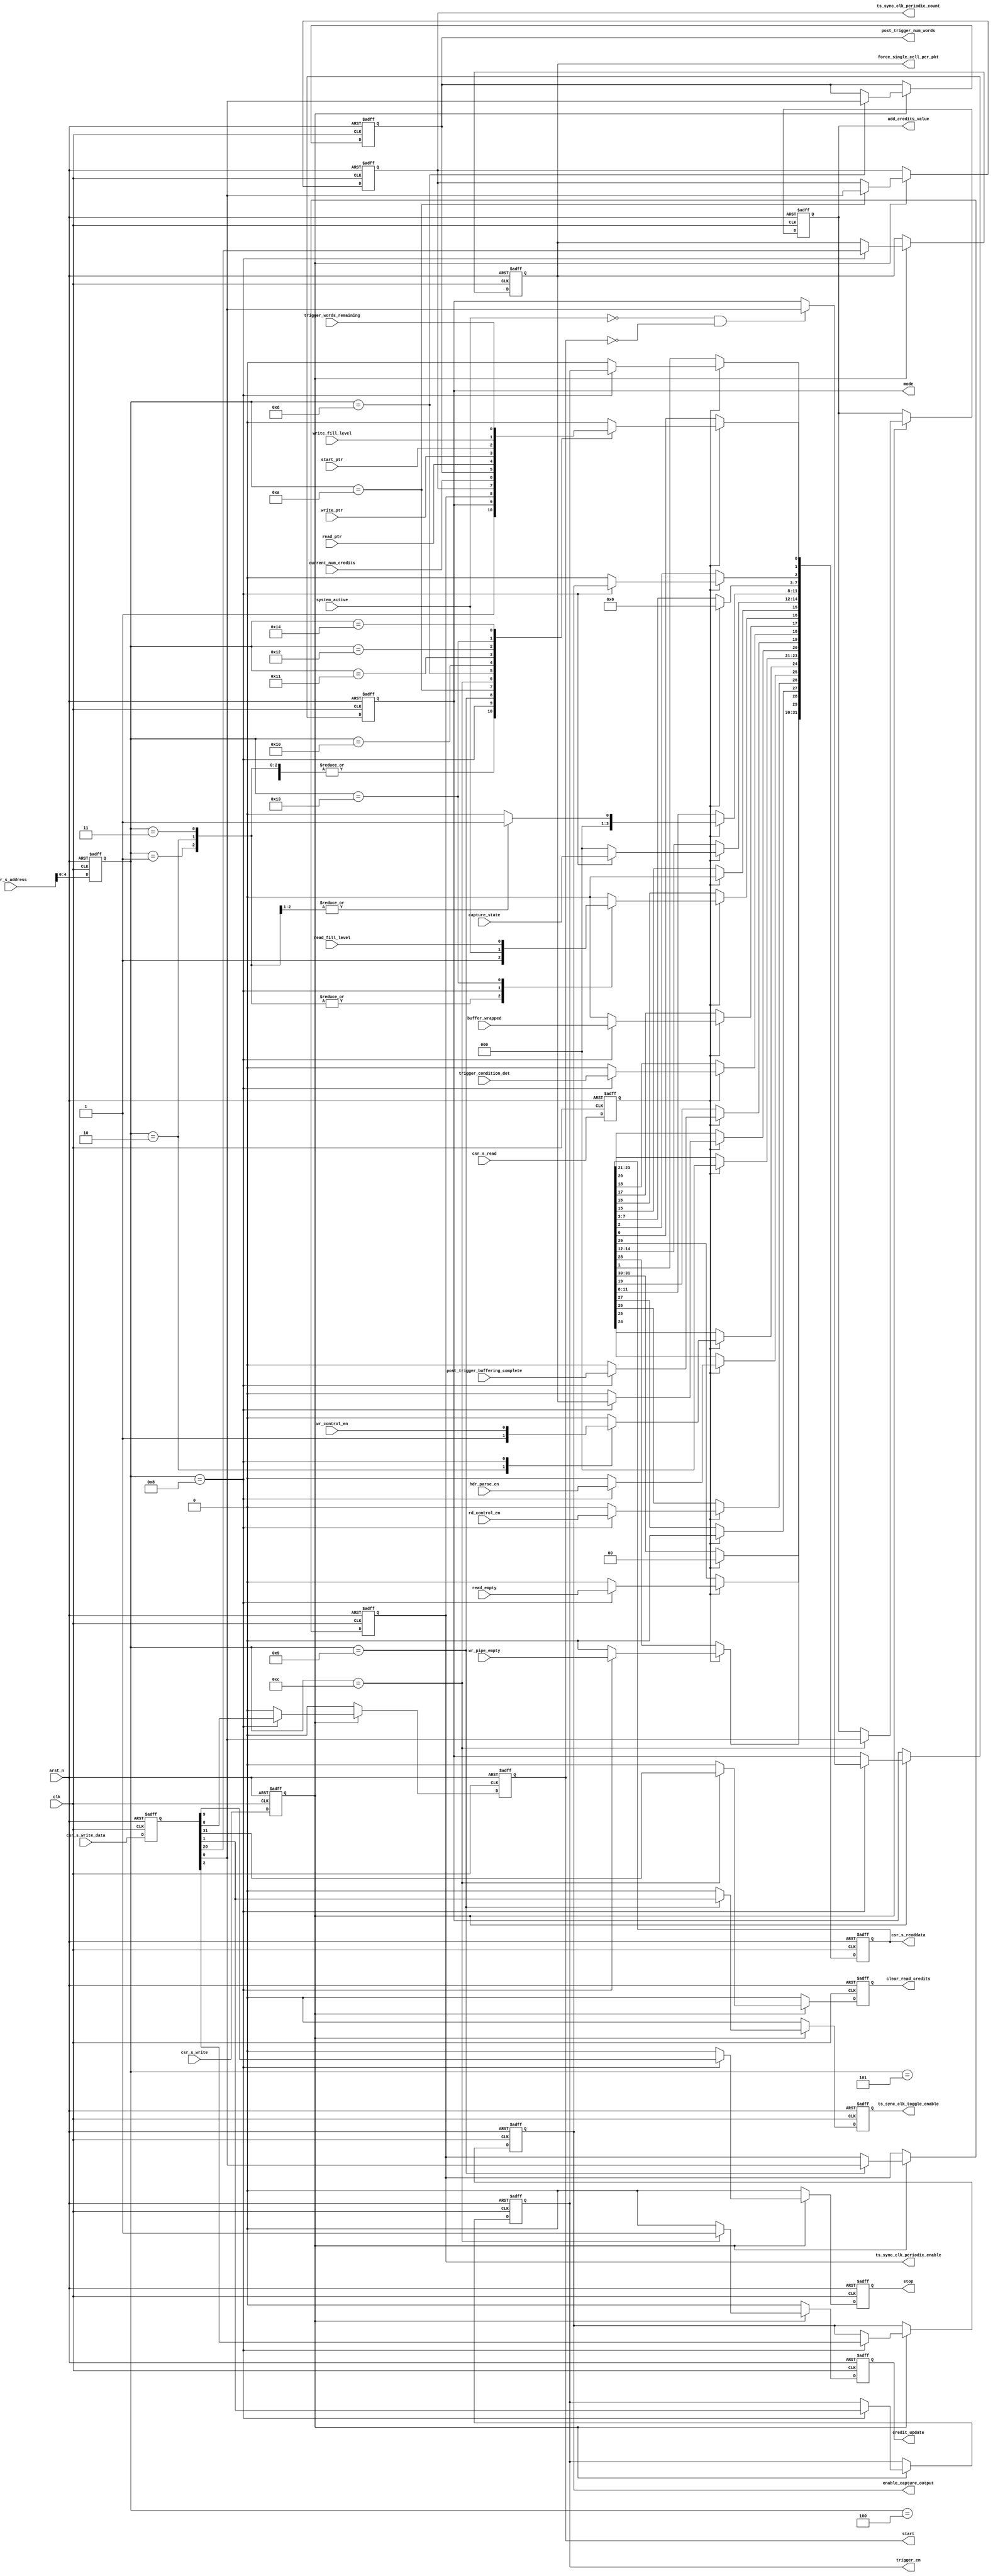
// (C) 2001-2018 Intel Corporation. All rights reserved.
// Your use of Intel Corporation's design tools, logic functions and other 
// software and tools, and its AMPP partner logic functions, and any output 
// files from any of the foregoing (including device programming or simulation 
// files), and any associated documentation or information are expressly subject 
// to the terms and conditions of the Intel Program License Subscription 
// Agreement, Intel FPGA IP License Agreement, or other applicable 
// license agreement, including, without limitation, that your use is for the 
// sole purpose of programming logic devices manufactured by Intel and sold by 
// Intel or its authorized distributors.  Please refer to the applicable 
// agreement for further details.


`timescale 1ps / 1ps
`default_nettype none




// TODO:
//        Add the ability to flush the read pipe and stop sending data back to the host.
//
//        do we add some error detection and readback for it?
//           e.g. current input channel (to detect lockup on input prior to this module)
//           input protocol err: e.g. empty != 0 if eop == 0

module altera_trace_capture_regs #(
   parameter CREDIT_WIDTH                            = 1,
   parameter CORE_REVISION                           = 0,
   parameter TRACE_DATA_WIDTH                        = 1,
   parameter TRACE_ADDR_WIDTH                        = 1,
   parameter NUM_PPD                                 = 1,
   parameter PACKET_LEN_BITS                         = 1,
   parameter TRACE_CHNL_WIDTH                        = 1,
   parameter MAX_OUT_PACKET_LENGTH                   = 1,
   parameter PERIODIC_TS_SYNC_CLK_COUNTER_WIDTH      = 1,
   parameter PERIODIC_TS_SYNC_CLK_PRE_COUNTER_WIDTH  = 1,

   parameter WAKE_UP_MODE                            = "IDLE",   // IDLE, CAPTURE, FIFO
   parameter PERIODIC_TS_REQ_STARTUP                 = 0,        // 0 = periodic_ts, other value = periodic_ts_interval

   parameter RD_AND_WR_FILL_LVL_SIZE                 = 0,
// TODO: add these in:
   parameter DEBUG_READBACK                          = 1,
   parameter BUFFER_START_ADDR                       = 1,
   parameter BUFFER_SIZE                             = 1,
   parameter HDR_PTR_SIZE                            = 11
   
   // do we add state readback....
   // reacback for current input channel, to help diagnose if anything is happening......
   
   
) (
    input  wire clk,
    input  wire arst_n,

    input  wire                                          csr_s_write,
    input  wire                                          csr_s_read,
    input  wire                                    [5:0] csr_s_address,
    input  wire                                   [31:0] csr_s_write_data,
    output reg                                    [31:0] csr_s_readdata,


// CSR WDATA ouptuts
    // control reg
    output reg                                           mode,

//    output reg                                           enable_direct_store_mode,

    output reg                                           start,
    output reg                                           stop,
    output reg                                           trigger_en,
    output reg                                           enable_capture_output,    

    // timesync control
    output reg                                           ts_sync_clk_periodic_enable,
    output reg                                           ts_sync_clk_toggle_enable,
    output reg  [PERIODIC_TS_SYNC_CLK_COUNTER_WIDTH-1:0] ts_sync_clk_periodic_count,

    // credit control
    output reg                                           credit_update,
    output reg                                           clear_read_credits,
    output reg                        [CREDIT_WIDTH-1:0] add_credits_value,

// CSR RDATA inputs
   // status register
    input  wire                                          system_active,
    input  wire                                          buffer_wrapped,
    input  wire                                          wr_control_en,
    input  wire                                          hdr_parse_en,
    input  wire                                          rd_control_en,
    input  wire                                          wr_pipe_empty,
    input  wire                                          read_empty,

// buffer FILL level information
    input  wire                [TRACE_ADDR_WIDTH -1 : 0] start_ptr,
    input  wire                [TRACE_ADDR_WIDTH -1 : 0] write_ptr,
    input  wire                [TRACE_ADDR_WIDTH -1 : 0] read_ptr,
    input  wire           [RD_AND_WR_FILL_LVL_SIZE  : 0] write_fill_level,
    input  wire           [RD_AND_WR_FILL_LVL_SIZE  : 0] read_fill_level,

    // credit info
    input  wire                       [CREDIT_WIDTH-1:0] current_num_credits,

    // triggering info
    output reg                [TRACE_ADDR_WIDTH -1 : 0] post_trigger_num_words,
    input  wire                                         trigger_condition_det,
    input  wire                                         post_trigger_buffering_complete,
    input  wire               [TRACE_ADDR_WIDTH -1 : 0] trigger_words_remaining,          // probably not used!
    
    output reg                                          force_single_cell_per_pkt,
    
    input  wire                                 [2 : 0] capture_state
);


// Register location definitions
localparam LP_VERSION_REG          = 'h00;
localparam LP_CONFIGURATRION_REG_1 = 'h04;
localparam LP_CONFIGURATRION_REG_2 = 'h08;
localparam LP_CONFIGURATRION_REG_3 = 'h0C;

localparam LP_CONFIGURATRION_REG_4 = 'h10;
localparam LP_CONFIGURATRION_REG_5 = 'h14;


localparam LP_CONTROL_REG          = 'h20;
localparam LP_TIMESYNC_CTRL_REG    = 'h24;
localparam LP_TIMESYNC_COUTNER_REG = 'h28;
localparam LP_CREDIT_CTRL_REG      = 'h30;
localparam LP_POST_TRIGGER_WRDS    = 'h34;

localparam LP_RD_PTR_REG           = 'h40;
localparam LP_WR_PTR_REG           = 'h44;
localparam LP_START_PTR_REG        = 'h48;

localparam LP_FILL_LVL_REG         = 'h4C;
localparam LP_TRIG_WRDS_REMAIN     = 'h50;


(* dont_merge *) reg                              csr_wr_op;
(* dont_merge *) reg                              csr_rd_op;
(* dont_merge *) reg                        [5:0] csr_addr;
(* dont_merge *) reg                       [31:0] csr_wdata;
// pipelining for control

always @(posedge clk or negedge arst_n) begin
    if (1'b0 == arst_n) begin
        csr_addr  <= {6{1'b0}};
        csr_wr_op <= 1'b0;
        csr_rd_op <= 1'b0;
        csr_wdata <= {32{1'b0}};
    end else begin
        csr_wr_op <= csr_s_write;
        csr_rd_op <= csr_s_read;
        csr_addr  <= csr_s_address;
        csr_wdata <= csr_s_write_data;
    end
end


// csr wdata
always @(posedge clk or negedge arst_n) begin
    if (1'b0 == arst_n) begin
        ts_sync_clk_toggle_enable   <= 1'b0;
        ts_sync_clk_periodic_enable <= |PERIODIC_TS_REQ_STARTUP[PERIODIC_TS_SYNC_CLK_COUNTER_WIDTH-1:0];
        ts_sync_clk_periodic_count  <= PERIODIC_TS_REQ_STARTUP[PERIODIC_TS_SYNC_CLK_COUNTER_WIDTH-1:0];

        credit_update               <= 1'b0;
        clear_read_credits          <= 1'b0;
        add_credits_value           <= {CREDIT_WIDTH{1'b0}};

        mode                        <= (WAKE_UP_MODE == "FIFO") ? 1'b1 : 1'b0;
        //enable_direct_store_mode    <= 1'b0;
        start                       <= (WAKE_UP_MODE != "IDLE")? 1'b1 : 1'b0;
        stop                        <= 1'b0;
        trigger_en                  <= 1'b0;
        enable_capture_output       <= 1'b0;

        post_trigger_num_words      <= {TRACE_ADDR_WIDTH{1'b0}};
        
        force_single_cell_per_pkt   <= 1'b0;
    end else begin
        // WC bits
        ts_sync_clk_toggle_enable   <= 1'b0;
        credit_update               <= 1'b0;
        clear_read_credits          <= 1'b0;
        start                       <= 1'b0;
        stop                        <= 1'b0;

        // write operation
        if (1'b1 == csr_wr_op) begin
            case (csr_addr[0+:5])

                LP_CONTROL_REG[2+:5]:
                     begin
                         if ((system_active == 1'b0) && (start == 1'b0)) begin
                             mode   <= csr_wdata[0];
                         end
                         trigger_en                 <= csr_wdata[1];
                         enable_capture_output      <= csr_wdata[2];                           
                         start                      <= csr_wdata[8];
                         stop                       <= csr_wdata[9];                        
                         
                         force_single_cell_per_pkt  <= csr_wdata[20];
                     end


                LP_TIMESYNC_CTRL_REG[2+:5]:
                    begin
                         ts_sync_clk_periodic_enable <= csr_wdata[0];
                         ts_sync_clk_toggle_enable   <= csr_wdata[1];
// synthesis translate_off
                         if (csr_wdata[0] & csr_wdata[1])
                             $error("Illegal write operation: Attmpting to toggle TS_CLK output and enable the periodic count simultaneousey!");
// synthesis translate_on
                     end


                LP_TIMESYNC_COUTNER_REG[2+:5]:
                     begin
                         ts_sync_clk_periodic_count <= csr_wdata[0+:PERIODIC_TS_SYNC_CLK_COUNTER_WIDTH];
                     end


                LP_CREDIT_CTRL_REG[2+:5]:
                     begin
                          credit_update                       <= 1'b1;
                          clear_read_credits                  <= csr_wdata[31];
                          add_credits_value[0+: CREDIT_WIDTH] <= csr_wdata[0+: CREDIT_WIDTH];
                     end

                LP_POST_TRIGGER_WRDS[2+:5]:
                     begin
                         post_trigger_num_words[0+:TRACE_ADDR_WIDTH] <= csr_wdata[0+:TRACE_ADDR_WIDTH];
                     end

                default:
                     begin
// synthesis translate_off
                            $error("write to an undefined register");
// synthesis translate_on
                     end
            endcase
        end
    end
end




// CSR readdata
always @(posedge clk or negedge arst_n) begin
    if (1'b0 == arst_n) begin
        csr_s_readdata              <= {32{1'b0}};
    end else begin
        if (1'b1 == csr_rd_op) begin
            csr_s_readdata <= {32{1'b0}};   //TODO: should this be default or clk_enabeled...
            case (csr_addr[0+:5])

                LP_VERSION_REG[2+:5]:
                     begin
                         csr_s_readdata[ 0+:8]  <= CORE_REVISION[0+:8];
                     end


                LP_CONFIGURATRION_REG_1[2+:5]:
                     begin
                         csr_s_readdata[ 0+:8]  <= TRACE_CHNL_WIDTH[   0+:8];
                         csr_s_readdata[ 8+:8]  <= PACKET_LEN_BITS[    0+:8];
                         csr_s_readdata[16+:8]  <= NUM_PPD[            0+:8];
                         csr_s_readdata[24+:8]  <= TRACE_DATA_WIDTH[   3+:8];
                     end


                LP_CONFIGURATRION_REG_2[2+:5]:
                     begin
                         csr_s_readdata[ 0+:8]  <= PERIODIC_TS_SYNC_CLK_PRE_COUNTER_WIDTH[0+:8];
                         csr_s_readdata[ 8+:8]  <= PERIODIC_TS_SYNC_CLK_COUNTER_WIDTH[    0+:8];
                         csr_s_readdata[16+:8]  <= CREDIT_WIDTH[                          0+:8];
                         csr_s_readdata[24+:8]  <= MAX_OUT_PACKET_LENGTH[                 0+:8];
                     end


                LP_CONFIGURATRION_REG_3[2+:5]:
                     begin
                         csr_s_readdata[ 0+:8]  <= TRACE_ADDR_WIDTH[0+:8];
                         csr_s_readdata[ 8+:8]  <= RD_AND_WR_FILL_LVL_SIZE[0+:8];
                         csr_s_readdata[16]     <= (DEBUG_READBACK == 0) ? 1'b0 : 1'b1;
                     end


                LP_CONFIGURATRION_REG_4[2+:5]:
                     begin
                         csr_s_readdata[TRACE_ADDR_WIDTH-1:0] <= BUFFER_START_ADDR[TRACE_ADDR_WIDTH-1:0];
                     end


                LP_CONFIGURATRION_REG_5[2+:5]:
                     begin
                         csr_s_readdata[TRACE_ADDR_WIDTH:0] <= BUFFER_SIZE[TRACE_ADDR_WIDTH:0];
                     end

                     
                LP_CONTROL_REG[2+:5]:
                     begin
                         // control readback
                         csr_s_readdata[ 0]     <= mode;
                         csr_s_readdata[ 1]     <= trigger_en;
                         csr_s_readdata[ 2]     <= enable_capture_output;
                         // status readback

                         csr_s_readdata[14:12]  <= capture_state;
                         
                         csr_s_readdata[16]     <= system_active;
                         csr_s_readdata[17]     <= buffer_wrapped;
                         csr_s_readdata[18]     <= trigger_condition_det;
                         csr_s_readdata[19]     <= post_trigger_buffering_complete;

                         csr_s_readdata[20]     <= force_single_cell_per_pkt;
                         
                         csr_s_readdata[24]     <= wr_control_en;
                         csr_s_readdata[25]     <= hdr_parse_en;
                         csr_s_readdata[26]     <= rd_control_en;

                         csr_s_readdata[28]     <= wr_pipe_empty;
                         csr_s_readdata[29]     <= read_empty;
                     end


                LP_TIMESYNC_CTRL_REG[2+:5]:
                     begin
                         csr_s_readdata[0]      <= ts_sync_clk_periodic_enable;
                     end


                LP_TIMESYNC_COUTNER_REG[2+:5]:
                     begin
                         csr_s_readdata <= ts_sync_clk_periodic_count[0+:PERIODIC_TS_SYNC_CLK_COUNTER_WIDTH];
                     end


                LP_CREDIT_CTRL_REG[2+:5]:
                     begin
                         if (DEBUG_READBACK == 1'b1) begin
                            csr_s_readdata[CREDIT_WIDTH-1:0]  <= current_num_credits[CREDIT_WIDTH-1:0];
                         end
                     end


                LP_POST_TRIGGER_WRDS[2+:5]:
                     begin
                         csr_s_readdata[0+:TRACE_ADDR_WIDTH] <= post_trigger_num_words[0+:TRACE_ADDR_WIDTH];
                     end


                LP_RD_PTR_REG[2+:5]:
                     begin
                         csr_s_readdata[TRACE_ADDR_WIDTH-1:0] <= read_ptr[TRACE_ADDR_WIDTH-1:0];
                     end


                LP_WR_PTR_REG[2+:5]:
                     begin
                         csr_s_readdata[TRACE_ADDR_WIDTH-1:0] <= write_ptr[TRACE_ADDR_WIDTH-1:0];
                     end


                LP_START_PTR_REG[2+:5]:
                     begin
                         csr_s_readdata[TRACE_ADDR_WIDTH-1:0] <= start_ptr[TRACE_ADDR_WIDTH-1:0];
                     end


                LP_FILL_LVL_REG[2+:5]:
                     begin
                         csr_s_readdata[ 0+:RD_AND_WR_FILL_LVL_SIZE+1] <= write_fill_level[ 0+:RD_AND_WR_FILL_LVL_SIZE+1];
                         csr_s_readdata[16+:RD_AND_WR_FILL_LVL_SIZE+1] <= read_fill_level [ 0+:RD_AND_WR_FILL_LVL_SIZE+1];
                     end

                     
                LP_TRIG_WRDS_REMAIN[2+:5]:
                     begin
                         csr_s_readdata[0+:TRACE_ADDR_WIDTH] <= trigger_words_remaining[0+:TRACE_ADDR_WIDTH];
                     end

                     
                default:
                     begin
                         csr_s_readdata <= {32{1'b0}};
// synthesis translate_off
                         $error("read from an undefined location: register 0x:%x", csr_addr);
// synthesis translate_on
                     end
            endcase
        end
     end
end


endmodule